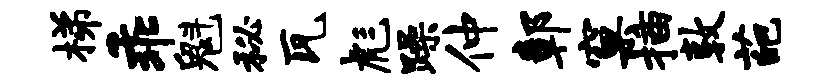
梯乖魁秘瓦彪躁仲鄣窠插敦葩